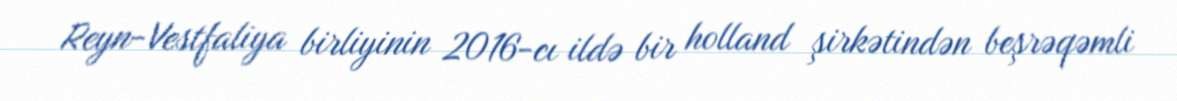
Reyn-Vestfaliya birliyinin 2016-cı ildə bir holland şirkətindən beşrəqəmli